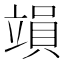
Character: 𥪩